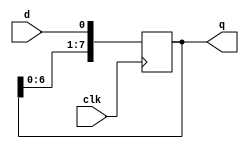
module right_shifter (
  input wire clk,
  input wire d,
  output wire [7:0] q
);

  reg [7:0] q;

  always @(posedge clk) begin
    q <= {q[6:0], d};
  end

endmodule